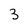
Character: 3